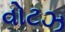
વોટઝ